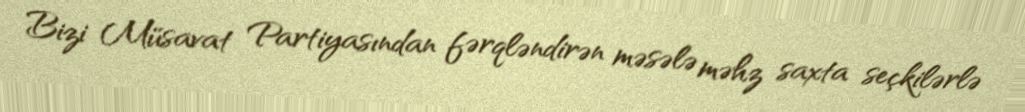
Bizi Müsavat Partiyasından fərqləndirən məsələ məhz saxta seçkilərlə